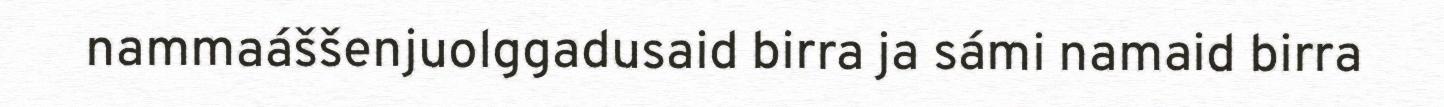
nammaáššenjuolggadusaid birra ja sámi namaid birra